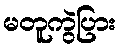
မတူကွဲပြား